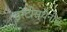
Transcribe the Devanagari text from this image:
इरेटोस्थेनीज़